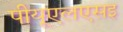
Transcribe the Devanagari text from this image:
पीयूएलएसइ